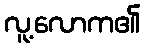
လူ့လောက၏